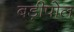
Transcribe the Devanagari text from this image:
बड़ीपोल